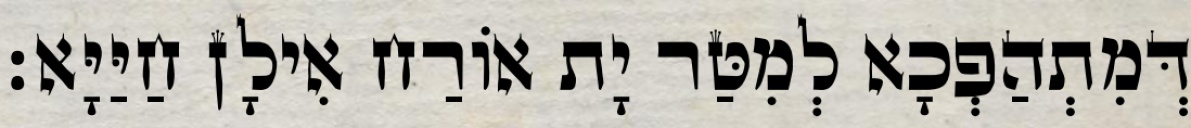
דְּמִתְהַפְכָא לְמִטַּר יָת אוֹרַח אִילָן חַיַּיָּא׃